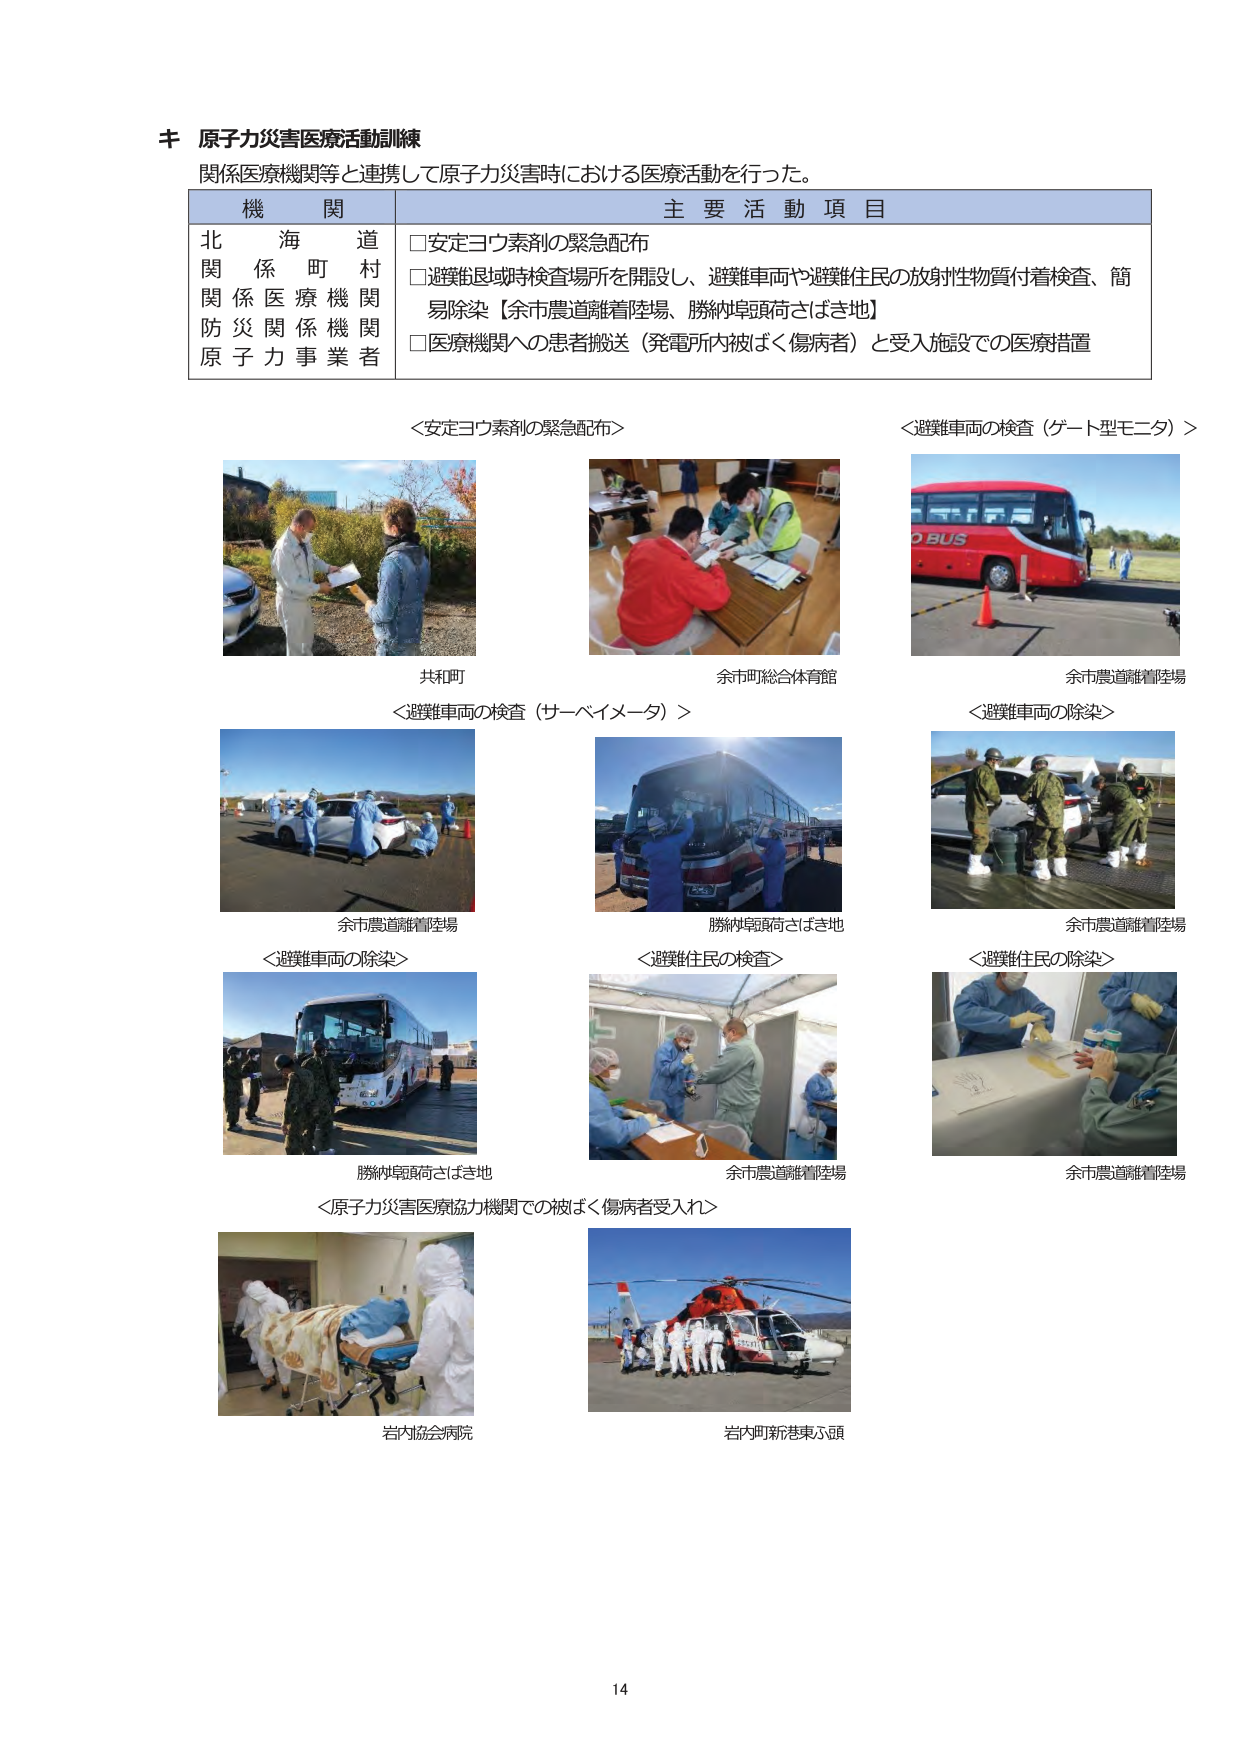
キ 原子力災害医療活動訓練
関係医療機関等と連携して原子力災害時における医療活動を行った。

機 関 主 要 活 動 項 目
北海道
関係町村
関係医療機関
防災関係機関
原子力事業者
□安定ヨウ素剤の緊急配布
□避難区域時検査場所を開設し、避難車両や避難住民の放射性物質付着検査、簡易除染【余市農道離着陸場、勝納阜頭荷さばき地】
□医療機関への患者搬送（発電所内被ばく傷病者）と受入施設での医療措置

＜安定ヨウ素剤の緊急配布＞
共和町

＜避難車両の検査（サーベイメータ）＞
余市農道離着陸場

＜避難車両の検査（ゲート型モニタ）＞
余市農道離着陸場

＜避難車両の除染＞
勝納阜頭荷さばき地

＜避難住民の検査＞
余市農道離着陸場

＜避難住民の除染＞
余市農道離着陸場

＜原子力災害医療協力機関での被ばく傷病者受入れ＞
岩内協会病院
岩内町新港東ふ頭

余市町総合体育館
勝納阜頭荷さばき地
余市農道離着陸場

14